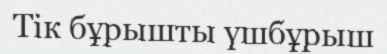
Тік бұрышты үшбұрыш